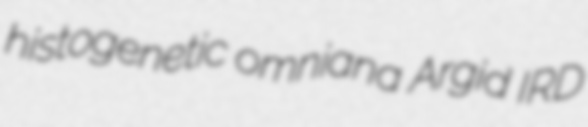
histogenetic omniana Argid IRD